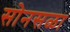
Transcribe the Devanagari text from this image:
सोनसळा